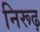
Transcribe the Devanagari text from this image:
निरूढ़